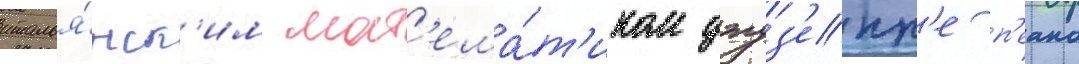
италья́нск'им мат'ема́т'иком джуз'епп'е п'еано